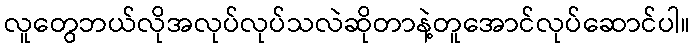
လူတွေဘယ်လိုအလုပ်လုပ်သလဲဆိုတာနဲ့တူအောင်လုပ်ဆောင်ပါ။